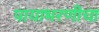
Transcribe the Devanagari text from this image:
पायाभरणीचा